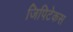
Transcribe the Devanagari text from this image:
जिपिटेकस